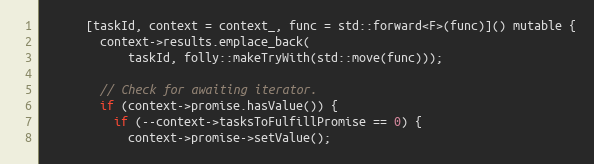
Language: C
      [taskId, context = context_, func = std::forward<F>(func)]() mutable {
        context->results.emplace_back(
            taskId, folly::makeTryWith(std::move(func)));

        // Check for awaiting iterator.
        if (context->promise.hasValue()) {
          if (--context->tasksToFulfillPromise == 0) {
            context->promise->setValue();